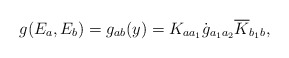
\begin{align*}g(E_a,E_b)=g_{ab}(y)=K_{aa_1}\dot{g}_{a_1a_2}\overline{K}_{b_1b},\end{align*}